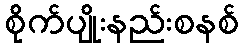
စိုက်ပျိုးနည်းစနစ်